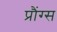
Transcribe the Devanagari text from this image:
प्रौंग्स